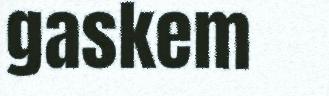
gaskem